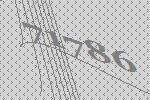
71786